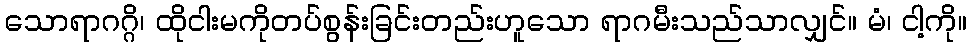
သောရာဂဂ္ဂိ၊ ထိုငါးမကိုတပ်စွန်းခြင်းတည်းဟူသော ရာဂမီးသည်သာလျှင်။ မံ၊ ငါ့ကို။